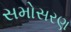
સમોસરણ